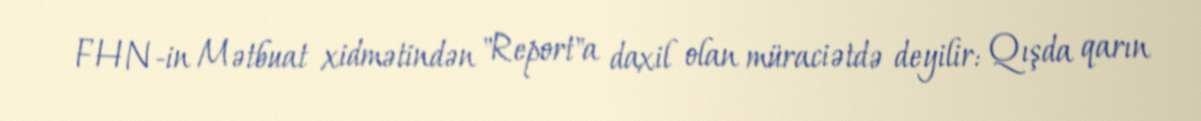
FHN-in Mətbuat xidmətindən "Report"a daxil olan müraciətdə deyilir: Qışda qarın